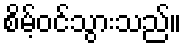
စိမ့်ဝင်သွားသည်။